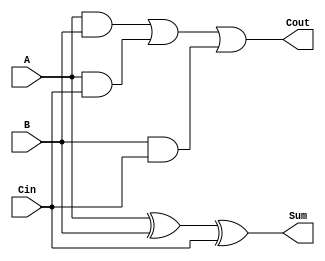
module full_adder(
  input wire A,
  input wire B,
  input wire Cin,
  output reg Sum,
  output reg Cout
);

  always @(*) begin
    Sum = A ^ B ^ Cin;
    Cout = (A & B) | (A & Cin) | (B & Cin);
  end

endmodule